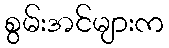
စွမ်းအင်များက